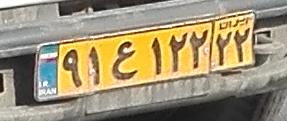
۹۱ع۱۲۲۲۲